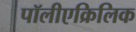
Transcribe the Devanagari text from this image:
पॉलीएक्रिलिक